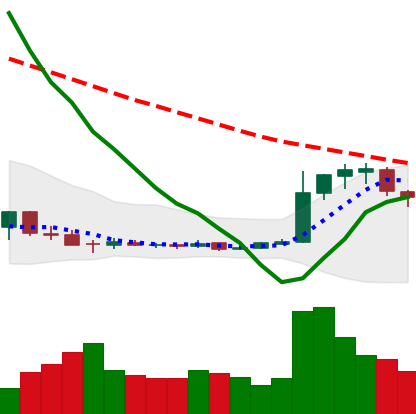
Ticker: DOGE-USD
Chart end date: 2018-12-22
Forward return: -5.516%
Label: down_5_7